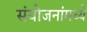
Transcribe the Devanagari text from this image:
संयोजनांमध्ये